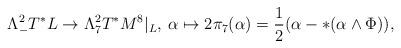
LaTeX: \begin{align*}\Lambda ^2_-T^*L \to \Lambda ^2 _7 T^*M^ 8|_{L} , \: \alpha \mapsto 2 \pi_7 (\alpha) = {1\over 2} ( \alpha - * ( \alpha \wedge \Phi)),\end{align*}